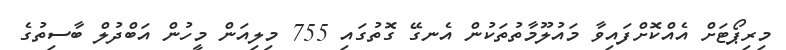
މިރިޕޯޓަށް އެއްކޮށްފައިވާ މައުލޫމާތުތަކުން އެނގޭ ގޮތުގައި 755 މިލިއަން މީހުން އަބްދުލް ބާސިތުގެ